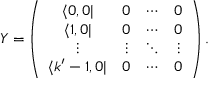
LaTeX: Y = \left( \begin{array} { c c c c } { { \langle 0 , 0 | } } & { { 0 } } & { { \cdots } } & { { 0 } } \\ { { \langle 1 , 0 | } } & { { 0 } } & { { \cdots } } & { { 0 } } \\ { { \vdots } } & { { \vdots } } & { { \ddots } } & { { \vdots } } \\ { { \langle k ^ { \prime } - 1 , 0 | } } & { { 0 } } & { { \cdots } } & { { 0 } } \end{array} \right) .